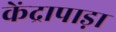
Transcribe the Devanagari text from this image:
केंद्रापाड़ा